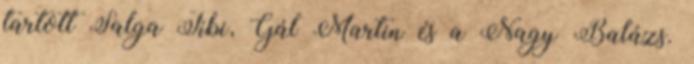
tartott Salga Tibi, Gál Martin és a Nagy Balázs.